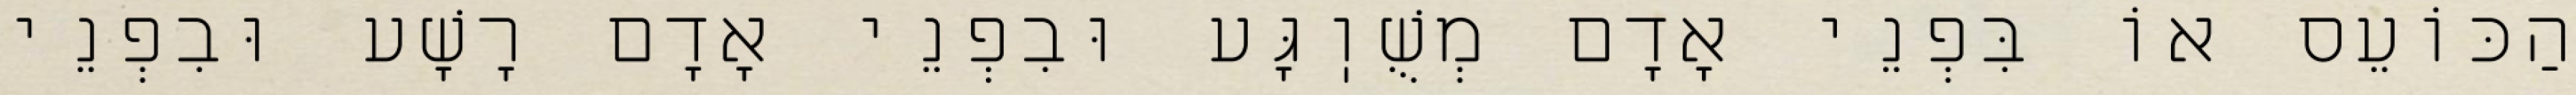
הַכּוֹעֵס אוֹ בִּפְנֵי אָדָם מְשֻׁוֽגָּע וּבִפְנֵי אָדָם רָשָׁע וּבִפְנֵי